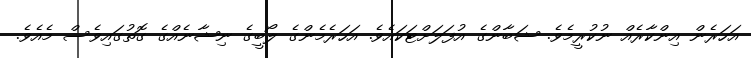
އަހަރެން އިންކާރެއް ނުކުރީމެވެ. ޝަބާންގެ އުފަލަށްޓަކައެވެ. އަހަރެމެންގެ ލޯބީގެ ނިޝާނެއްގެ ގޮތުގައިވެސް މެއެވެ.